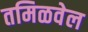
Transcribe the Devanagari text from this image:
तमिळवेल